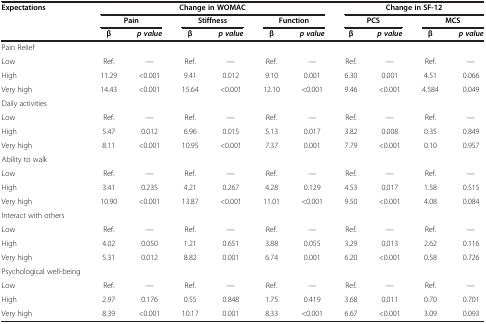
<table><thead><tr><td><b>Expectations</b></td><td colspan="6"><b>Change in WOMAC</b></td><td colspan="4"><b>Change in SF-12</b></td></tr><tr><td>[EMPTY_CELL]</td><td colspan="2"><b>Pain</b></td><td colspan="2"><b>Stiffness</b></td><td colspan="2"><b>Function</b></td><td colspan="2"><b>PCS</b></td><td colspan="2"><b>MCS</b></td></tr><tr><td>[EMPTY_CELL]</td><td><b>β</b></td><td><b><i>p value</i></b></td><td><b>β</b></td><td><b><i>p value</i></b></td><td><b>β</b></td><td><b><i>p value</i></b></td><td><b>β</b></td><td><b><i>p value</i></b></td><td><b>β</b></td><td><b><i>p value</i></b></td></tr></thead><tbody><tr><td>Pain Relief</td><td>[EMPTY_CELL]</td><td>[EMPTY_CELL]</td><td>[EMPTY_CELL]</td><td>[EMPTY_CELL]</td><td>[EMPTY_CELL]</td><td>[EMPTY_CELL]</td><td>[EMPTY_CELL]</td><td>[EMPTY_CELL]</td><td>[EMPTY_CELL]</td><td>[EMPTY_CELL]</td></tr><tr><td>Low</td><td>Ref.</td><td>—</td><td>Ref.</td><td>—</td><td>Ref.</td><td>—</td><td>Ref.</td><td>—</td><td>Ref.</td><td>—</td></tr><tr><td>High</td><td>11.29</td><td>&lt;0.001</td><td>9.41</td><td>0.012</td><td>9.10</td><td>0.001</td><td>6.30</td><td>0.001</td><td>4.51</td><td>0.066</td></tr><tr><td>Very high</td><td>14.43</td><td>&lt;0.001</td><td>15.64</td><td>&lt;0.001</td><td>12.10</td><td>&lt;0.001</td><td>9.46</td><td>&lt;0.001</td><td>4.584</td><td>0.049</td></tr><tr><td>Daily activities</td><td>[EMPTY_CELL]</td><td>[EMPTY_CELL]</td><td>[EMPTY_CELL]</td><td>[EMPTY_CELL]</td><td>[EMPTY_CELL]</td><td>[EMPTY_CELL]</td><td>[EMPTY_CELL]</td><td>[EMPTY_CELL]</td><td>[EMPTY_CELL]</td><td>[EMPTY_CELL]</td></tr><tr><td>Low</td><td>Ref.</td><td>—</td><td>Ref.</td><td>—</td><td>Ref.</td><td>—</td><td>Ref.</td><td>—</td><td>Ref.</td><td>—</td></tr><tr><td>High</td><td>5.47</td><td>0.012</td><td>6.96</td><td>0.015</td><td>5.13</td><td>0.017</td><td>3.82</td><td>0.008</td><td>0.35</td><td>0.849</td></tr><tr><td>Very high</td><td>8.11</td><td>&lt;0.001</td><td>10.95</td><td>&lt;0.001</td><td>7.37</td><td>0.001</td><td>7.79</td><td>&lt;0.001</td><td>0.10</td><td>0.957</td></tr><tr><td>Ability to walk</td><td>[EMPTY_CELL]</td><td>[EMPTY_CELL]</td><td>[EMPTY_CELL]</td><td>[EMPTY_CELL]</td><td>[EMPTY_CELL]</td><td>[EMPTY_CELL]</td><td>[EMPTY_CELL]</td><td>[EMPTY_CELL]</td><td>[EMPTY_CELL]</td><td>[EMPTY_CELL]</td></tr><tr><td>Low</td><td>Ref.</td><td>—</td><td>Ref.</td><td>—</td><td>Ref.</td><td>—</td><td>Ref.</td><td>—</td><td>Ref.</td><td>—</td></tr><tr><td>High</td><td>3.41</td><td>0.235</td><td>4.21</td><td>0.267</td><td>4.28</td><td>0.129</td><td>4.53</td><td>0.017</td><td>1.58</td><td>0.515</td></tr><tr><td>Very high</td><td>10.90</td><td>&lt;0.001</td><td>13.87</td><td>&lt;0.001</td><td>11.01</td><td>&lt;0.001</td><td>9.50</td><td>&lt;0.001</td><td>4.08</td><td>0.084</td></tr><tr><td>Interact with others</td><td>[EMPTY_CELL]</td><td>[EMPTY_CELL]</td><td>[EMPTY_CELL]</td><td>[EMPTY_CELL]</td><td>[EMPTY_CELL]</td><td>[EMPTY_CELL]</td><td>[EMPTY_CELL]</td><td>[EMPTY_CELL]</td><td>[EMPTY_CELL]</td><td>[EMPTY_CELL]</td></tr><tr><td>Low</td><td>Ref.</td><td>—</td><td>Ref.</td><td>—</td><td>Ref.</td><td>—</td><td>Ref.</td><td>—</td><td>Ref.</td><td>—</td></tr><tr><td>High</td><td>4.02</td><td>0.050</td><td>1.21</td><td>0.651</td><td>3.88</td><td>0.055</td><td>3.29</td><td>0.013</td><td>2.62</td><td>0.116</td></tr><tr><td>Very high</td><td>5.31</td><td>0.012</td><td>8.82</td><td>0.001</td><td>6.74</td><td>0.001</td><td>6.20</td><td>&lt;0.001</td><td>0.58</td><td>0.726</td></tr><tr><td>Psychological well-being</td><td>[EMPTY_CELL]</td><td>[EMPTY_CELL]</td><td>[EMPTY_CELL]</td><td>[EMPTY_CELL]</td><td>[EMPTY_CELL]</td><td>[EMPTY_CELL]</td><td>[EMPTY_CELL]</td><td>[EMPTY_CELL]</td><td>[EMPTY_CELL]</td><td>[EMPTY_CELL]</td></tr><tr><td>Low</td><td>Ref.</td><td>—</td><td>Ref.</td><td>—</td><td>Ref.</td><td>—</td><td>Ref.</td><td>—</td><td>Ref.</td><td>—</td></tr><tr><td>High</td><td>2.97</td><td>0.176</td><td>0.55</td><td>0.848</td><td>1.75</td><td>0.419</td><td>3.68</td><td>0.011</td><td>0.70</td><td>0.701</td></tr><tr><td>Very high</td><td>8.39</td><td>&lt;0.001</td><td>10.17</td><td>0.001</td><td>8.33</td><td>&lt;0.001</td><td>6.67</td><td>&lt;0.001</td><td>3.09</td><td>0.093</td></tr></tbody></table>